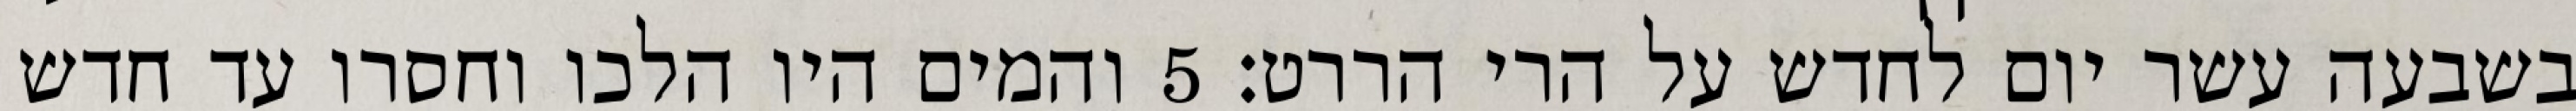
בשבעה עשר יום לחדש על הרי הררט׃ ‎5‏ והמים היו הלכו וחסרו עד חדש